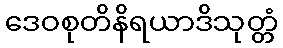
ဒေဝစုတိနိရယာဒိသုတ္တံ